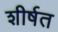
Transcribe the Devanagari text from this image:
शीर्षत